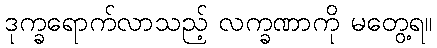
ဒုက္ခရောက်လာသည့် လက္ခဏာကို မတွေ့ရ။